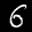
Label: 6